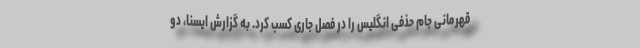
قهرمانی جام حذفی انگلیس را در فصل جاری کسب کرد. به گزارش ایسنا، دو